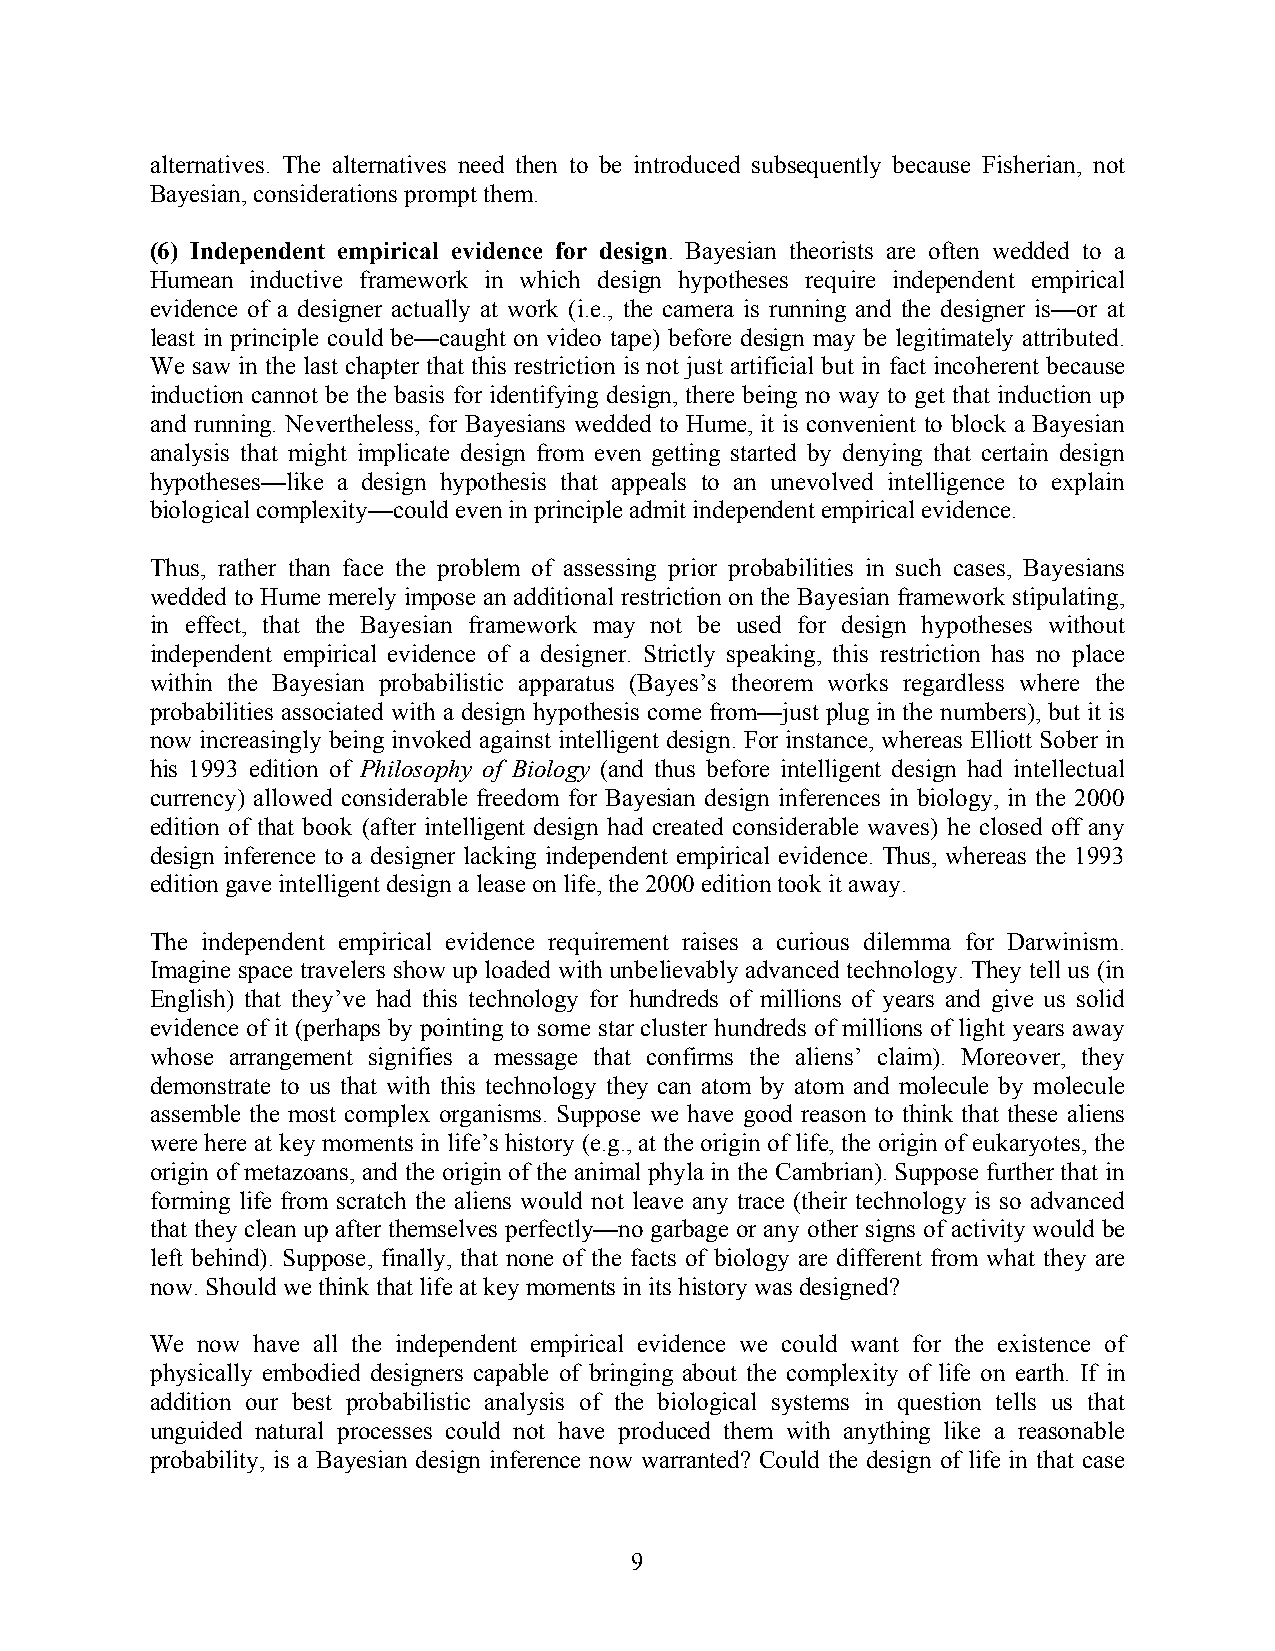
alternatives. The alternatives need then to be introduced subsequently because Fisherian, not
 Bayesian, considerations prompt them.
 (6) Independent empirical evidence for design. Bayesian theorists are often wedded to a
 Humean inductive framework in which design hypotheses require independent empirical
 evidence of a designer actually at work (i.e., the camera is running and the designer is—or at
 least in principle could be—caught on video tape) before design may be legitimately attributed.
 We saw in the last chapter that this restriction is not just artificial but in fact incoherent because
 induction cannot be the basis for identifying design, there being no way to get that induction up
 and running. Nevertheless, for Bayesians wedded to Hume, it is convenient to block a Bayesian
 analysis that might implicate design from even getting started by denying that certain design
 hypotheses—like a design hypothesis that appeals to an unevolved intelligence to explain
 biological complexity—could even in principle admit independent empirical evidence.
 Thus, rather than face the problem of assessing prior probabilities in such cases, Bayesians
 wedded to Hume merely impose an additional restriction on the Bayesian framework stipulating,
 in effect, that the Bayesian framework may not be used for design hypotheses without
 independent empirical evidence of a designer. Strictly speaking, this restriction has no place
 within the Bayesian probabilistic apparatus (Bayes’s theorem works regardless where the
 probabilities associated with a design hypothesis come from—just plug in the numbers), but it is
 now increasingly being invoked against intelligent design. For instance, whereas Elliott Sober in
 his 1993 edition of Philosophy of Biology (and thus before intelligent design had intellectual
 currency) allowed considerable freedom for Bayesian design inferences in biology, in the 2000
 edition of that book (after intelligent design had created considerable waves) he closed off any
 design inference to a designer lacking independent empirical evidence. Thus, whereas the 1993
 edition gave intelligent design a lease on life, the 2000 edition took it away.
 The independent empirical evidence requirement raises a curious dilemma for Darwinism.
 Imagine space travelers show up loaded with unbelievably advanced technology. They tell us (in
 English) that they’ve had this technology for hundreds of millions of years and give us solid
 evidence of it (perhaps by pointing to some star cluster hundreds of millions of light years away
 whose arrangement signifies a message that confirms the aliens’ claim). Moreover, they
 demonstrate to us that with this technology they can atom by atom and molecule by molecule
 assemble the most complex organisms. Suppose we have good reason to think that these aliens
 were here at key moments in life’s history (e.g., at the origin of life, the origin of eukaryotes, the
 origin of metazoans, and the origin of the animal phyla in the Cambrian). Suppose further that in
 forming life from scratch the aliens would not leave any trace (their technology is so advanced
 that they clean up after themselves perfectly—no garbage or any other signs of activity would be
 left behind). Suppose, finally, that none of the facts of biology are different from what they are
 now. Should we think that life at key moments in its history was designed?
 We now have all the independent empirical evidence we could want for the existence of
 physically embodied designers capable of bringing about the complexity of life on earth. If in
 addition our best probabilistic analysis of the biological systems in question tells us that
 unguided natural processes could not have produced them with anything like a reasonable
 probability, is a Bayesian design inference now warranted? Could the design of life in that case
 9